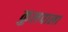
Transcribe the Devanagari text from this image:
कुलपाला